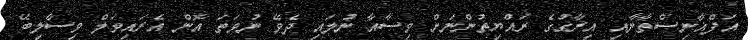
އަފްޣާނިސްތާނާއި އިރާގުގެ ރައްޔިތުންނަށް ވިސާއާ ނުލައި ދެވޭ ނުވަތަ އޮން އެރައިވަލް ވިސާލިބޭ